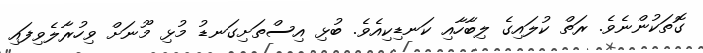
ގޮތަކުންނެވެ. ރަތް ކުލައިގެ ލިބާހާއި ކަނޑިކިއެވެ. ބުޅި އިސްތަށިގަނޑު މުޅި މޫނަށް ވިހުރާލެވިފައި